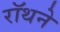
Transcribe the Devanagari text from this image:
रॉथने